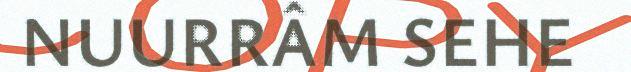
NUURRÂM SEHE